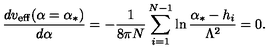
{ \frac { d v _ { \mathrm { e f f } } ( \alpha = \alpha _ { * } ) } { d \alpha } } = - { \frac { 1 } { 8 \pi N } } \sum _ { i = 1 } ^ { N - 1 } \ln { \frac { \alpha _ { * } - h _ { i } } { \Lambda ^ { 2 } } } = 0 .